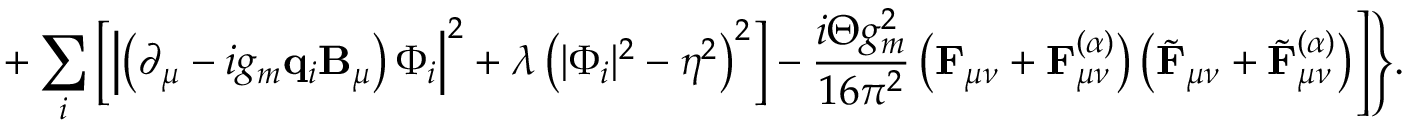
+ \sum _ { i } ^ { } \left[ \left| \left( \partial _ { \mu } - i g _ { m } { \bf q } _ { i } { \bf B } _ { \mu } \right) \Phi _ { i } \right| ^ { 2 } + \lambda \left( | \Phi _ { i } | ^ { 2 } - \eta ^ { 2 } \right) ^ { 2 } \right] - \frac { i \Theta g _ { m } ^ { 2 } } { 1 6 \pi ^ { 2 } } \left( { \bf F } _ { \mu \nu } + { \bf F } _ { \mu \nu } ^ { ( \alpha ) } \right) \left( \tilde { \bf F } _ { \mu \nu } + \tilde { \bf F } _ { \mu \nu } ^ { ( \alpha ) } \right) \Biggr ] \Biggr \} .